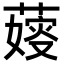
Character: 𦺋